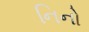
નિનો